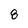
Character: 8